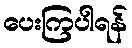
ပေးကြပါရန်